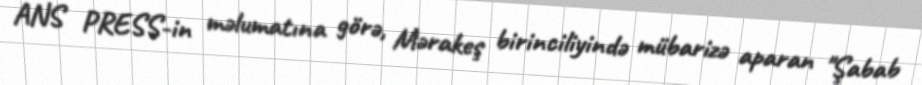
ANS PRESS-in məlumatına görə, Mərakeş birinciliyində mübarizə aparan "Şabab